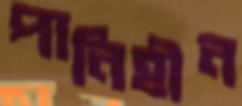
পানিহীন